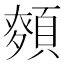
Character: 𮨎